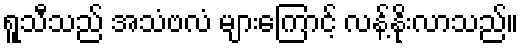
ရူသီသည် အသံဗလံ များကြောင့် လန့်နိုးလာသည်။